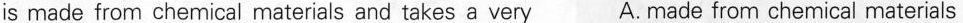
is made from chemical materials and takes a very A. Made from chemical materials